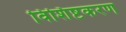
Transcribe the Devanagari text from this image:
विशिष्टकरण